Punjab Mental Hospital Lahore 1932-46 - 1932-1946
Year: 1932
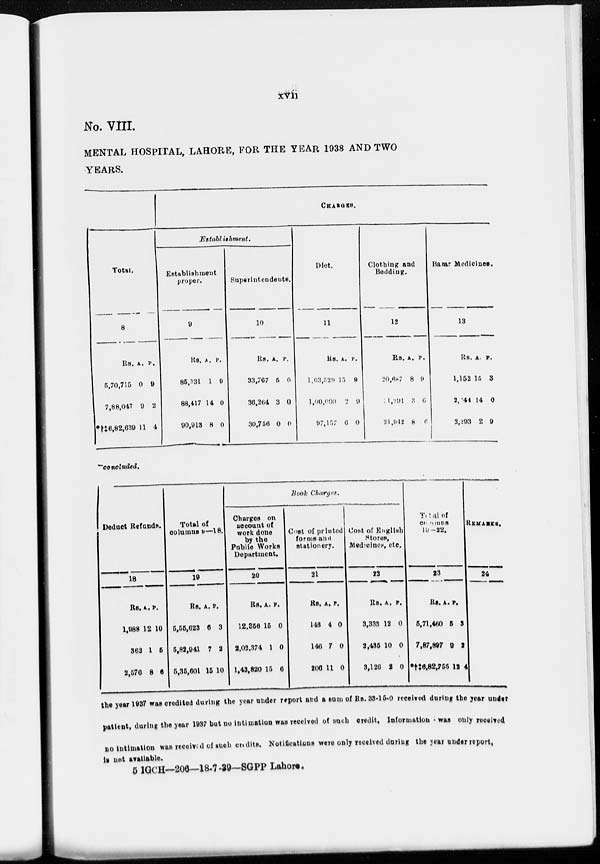
xvii
No. VIII.
MENTAL HOSPITAL, LAHORE, FOR THE YEAR 1938 AND TWO
YEARS.
Total.
8
Rs.
5,70,715
7,88,047
*†‡6,82,639
A.
0
9
11
P.
9
2
4
CHARGES.
Establishment.
Establishment
proper.
9
Rs.
85,331
88,417
90,913
A.
1
14
8
P.
9
0
0
Superintendents.
10
Rs.
33,767
36,264
30,756
A.
5
3
0
P.
0
0
0
Diet.
11
Rs.
1,03,529
l,00,000
97,157
A.
15
2
6
P.
9
9
0
Clothing and
Bedding.
12
Rs.
20,687
21,291
21,942
A.
8
3
8
P.
9
6
6
Bazar Medicines.
13
Rs.
1,152
2,144
2,293
A.
15
14
2
P.
3
0
9
-concluded.
Deduct Refunds.
18
Rs.
1,988
362
2,576
A.
12
1
8
P.
10
5
6
Total of
columns 9—18.
19
Rs.
5,55,623
5,82,941
5,35,601
A.
6
7
15
P.
3
2
10
Book
Charges.
Charges on
account of
work done
by the
Public Works
Department.
20
Rs.
12,356
2,02,374
1,43,820
A
15
1
15
P.
0
0
6
Cost of printed
forms and
stationery.
21
Rs.
146
146
206
A.
4
7
11
P.
0
0
0
Cost of English
Stores,
Medicines, etc.
22
Rs.
3,333
2,435
3,126
A.
12
10
2
P.
0
0
0
Total of
columns
19-22.
23
Rs.
5,71,460
7,87,897
*†‡6,82,755
A.
5
9
12
P.
3
2
4
REMARKS.
24
the year 1937 was credited during the year under report and a sum of Rs. 33-15-0 received during the year under
patient, during the year 1937 but no intimation was received of such credit. Information was only received
no intimation was received of such credits. Notifications were only received during the year under report,
is not available.
5 IGCH—206—18-7-39—SGPP Lahore.